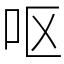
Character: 呕